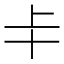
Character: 𠦀